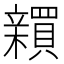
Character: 𬔫